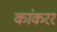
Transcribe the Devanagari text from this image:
कांकरर